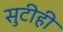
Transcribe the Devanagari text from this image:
सुटीही